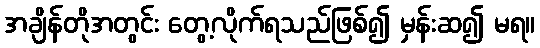
အချိန်တိုအတွင်း တွေ့လိုက်ရသည်ဖြစ်၍ မှန်းဆ၍ မရ။